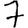
Digit: 7